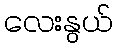
လေးနွယ်